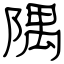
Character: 隅